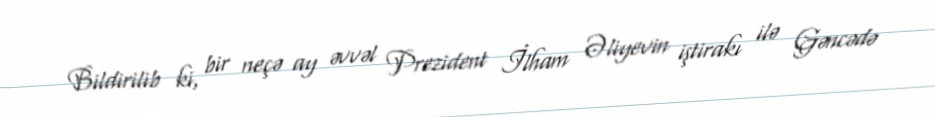
Bildirilib ki, bir neçə ay əvvəl Prezident İlham Əliyevin iştirakı ilə Gəncədə